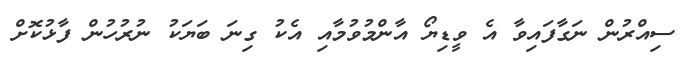
ސިއްރުން ނަގާފައިވާ އެ ވީޑިޔޯ އާންމުވުމާއި އެކު ގިނަ ބަޔަކު ނުރުހުން ފާޅުކޮށް